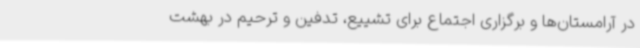
در آرامستان‌ها و برگزاری اجتماع برای تشییع، تدفین و ترحیم در بهشت